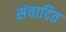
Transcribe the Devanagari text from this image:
संवादित